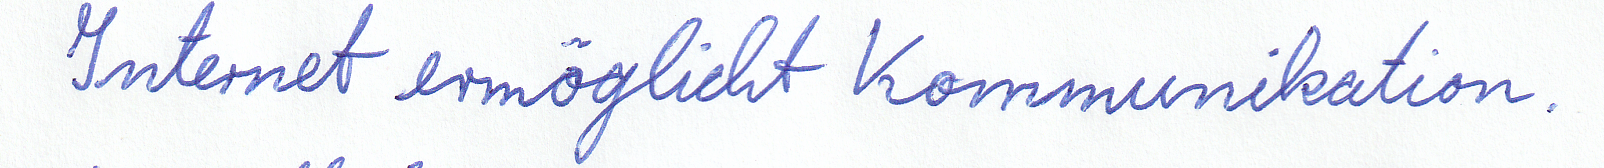
Internet ermöglicht Kommunikation.